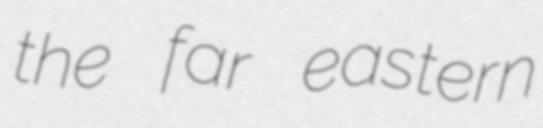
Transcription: the far eastern